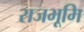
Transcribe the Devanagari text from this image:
राजभूमि